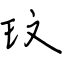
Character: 玟